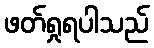
ဖတ်ရှုရပါသည်